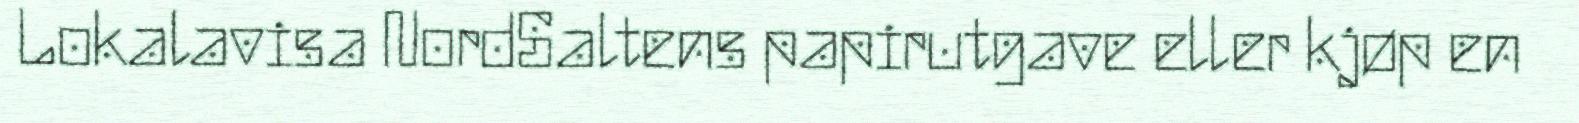
Lokalavisa NordSaltens papirutgave eller kjøp en